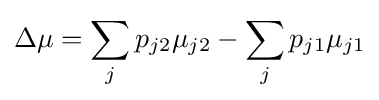
\Delta \mu =\sum _{j}p_{j2}\mu _{j2}-\sum _{j}p_{j1}\mu _{j1}